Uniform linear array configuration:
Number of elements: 4
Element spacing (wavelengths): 0.75
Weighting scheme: blackman
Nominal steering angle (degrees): -60
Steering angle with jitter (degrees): -61.249
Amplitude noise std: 0.05
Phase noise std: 0.05

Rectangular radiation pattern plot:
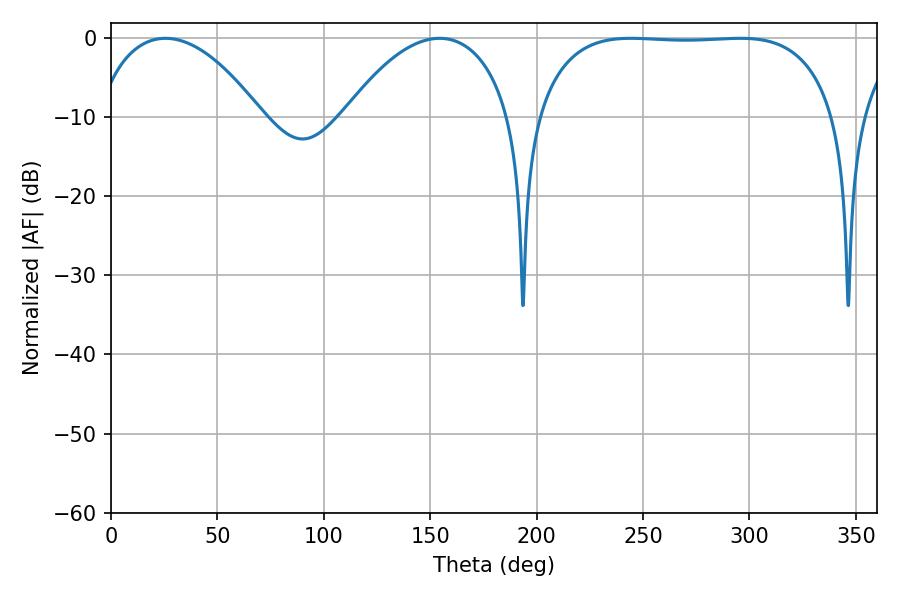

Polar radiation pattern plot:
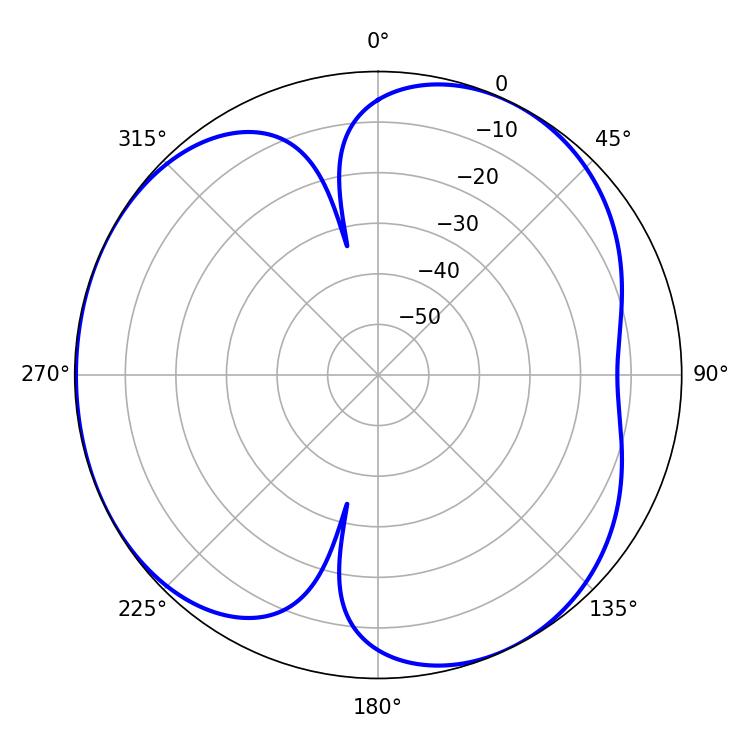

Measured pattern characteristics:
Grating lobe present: TRUE
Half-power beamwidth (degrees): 44.1
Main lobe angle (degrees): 25.56